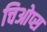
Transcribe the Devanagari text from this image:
चिओप्स